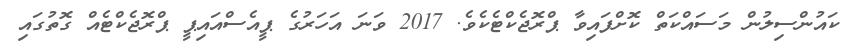
ކައުންސިލުން މަސައްކަތް ކޮށްފައިވާ ޕްރޮޖެކްޓެކެވެ. 2017 ވަނަ އަހަރުގެ ޕީއެސްއައިޕީ ޕްރޮޖެކްޓެއް ގޮތުގައި